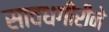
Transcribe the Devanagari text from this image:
सावधगीरीने